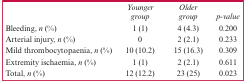
|  | Younger group | Older group | p-value |
 | --- | --- | --- | --- |
 | Bleeding, n (%) | 1 (1) | 4 (4.3) | 0.200 |
 | Arterial injury, n (%) | 0 | 2 (2.1) | 0.233 |
 | Mild thrombocytopaenia, n (%) | 10 (10.2) | 15 (16.3) | 0.309 |
 | Extremity ischaemia, n (%) | 1 (1) | 2 (2.1) | 0.611 |
 | Total, n (%) | 12 (12.2) | 23 (25) | 0.023 |